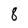
Character: 8